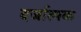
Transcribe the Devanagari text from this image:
दर्जात्मक